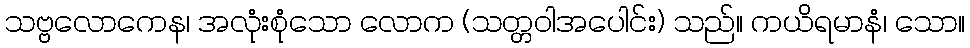
သဗ္ဗလောကေန၊ အလုံးစုံသော လောက (သတ္တဝါအပေါင်း) သည်။ ကယိရမာနံ၊ သော။